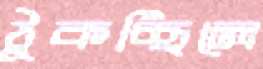
ঠুকচ্ছিলে